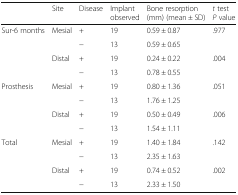
|  | Site | Disease | Implant observed | Bone resorption (mm) (mean ± SD) | t test P value |
 | --- | --- | --- | --- | --- | --- |
 | <ROWSPAN=4> Sur-6 months | <ROWSPAN=2> Mesial | + | 19 | 0.59 ± 0.87 | <ROWSPAN=2> .977 |
 | − | 13 | 0.59 ± 0.65 |
 | <ROWSPAN=2> Distal | + | 19 | 0.24 ± 0.22 | <ROWSPAN=2> .004 |
 | − | 13 | 0.78 ± 0.55 |
 | <ROWSPAN=4> Prosthesis | <ROWSPAN=2> Mesial | + | 19 | 0.80 ± 1.36 | <ROWSPAN=2> .051 |
 | − | 13 | 1.76 ± 1.25 |
 | <ROWSPAN=2> Distal | + | 19 | 0.50 ± 0.49 | <ROWSPAN=2> .006 |
 | − | 13 | 1.54 ± 1.11 |
 | <ROWSPAN=4> Total | <ROWSPAN=2> Mesial | + | 19 | 1.40 ± 1.84 | <ROWSPAN=2> .142 |
 | − | 13 | 2.35 ± 1.63 |
 | <ROWSPAN=2> Distal | + | 19 | 0.74 ± 0.52 | <ROWSPAN=2> .002 |
 | − | 13 | 2.33 ± 1.50 |